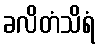
ခလိတံသိရံ